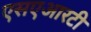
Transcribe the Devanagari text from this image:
एसएआरटी